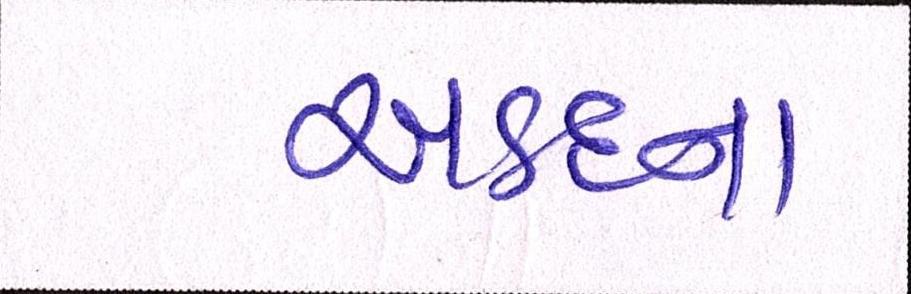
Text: અડદના